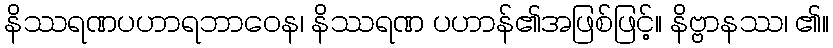
နိဿရဏပဟာရဘာဝေန၊ နိဿရဏ ပဟာန်၏အဖြစ်ဖြင့်။ နိဗ္ဗာနဿ၊ ၏။